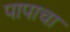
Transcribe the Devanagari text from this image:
पापाचा